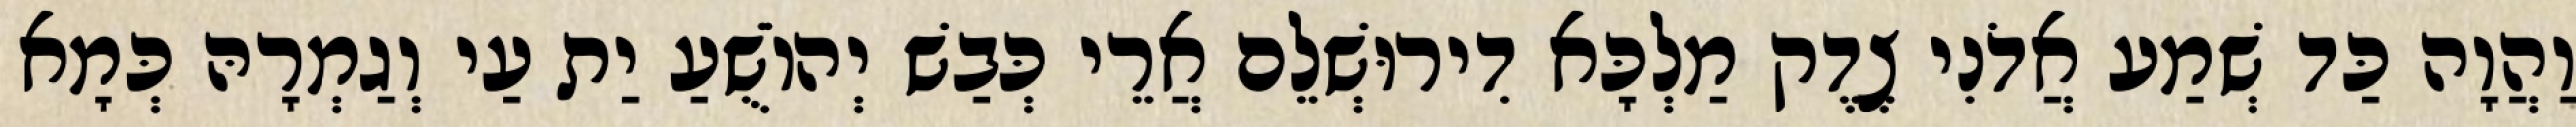
וַהֲוָה כַּד שְׁמַע אֲדֹנִי צֶדֶק מַלְכָּא דִירוּשְׁלֵם אֲרֵי כְּבַשׁ יְהוֹשֻׁעַ יַת עַי וְגַמְרָהּ כְּמָא